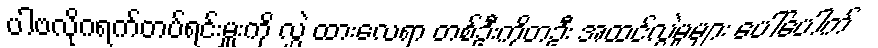
ပါဗလိုဂရက်တပ်ရင်းမှူးကို လွှဲ ထားလေရာ တစ်ဦးကိုတဦး အထင်လွဲမှုများ ပေါ်ပေါက်